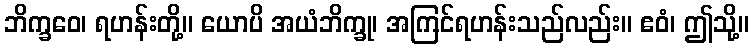
ဘိက္ခဝေ၊ ရဟန်းတို့။ ယောပိ အယံဘိက္ခု၊ အကြင်ရဟန်းသည်လည်း။ ဧဝံ၊ ဤသို့။